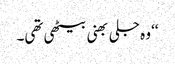
‘‘ وہ جلی بھنی بیٹھی تھی۔